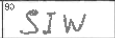
Transcription: SIW